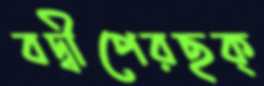
বদ্বীপেরছক্